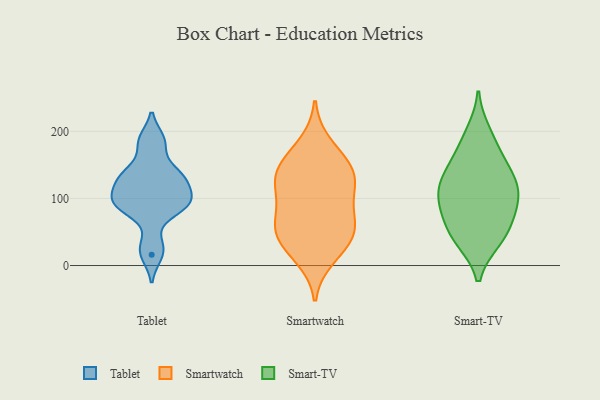
{"axis": {"x": "Population (Million)", "y": "Value"}, "legend": ["Smart-TV", "Smartwatch", "Tablet"], "data": [{"x": "", "y": 132, "type": "Tablet"}, {"x": "", "y": 141, "type": "Tablet"}, {"x": "", "y": 85, "type": "Tablet"}, {"x": "", "y": 111, "type": "Tablet"}, {"x": "", "y": 187, "type": "Tablet"}, {"x": "", "y": 183, "type": "Tablet"}, {"x": "", "y": 88, "type": "Tablet"}, {"x": "", "y": 98, "type": "Tablet"}, {"x": "", "y": 129, "type": "Tablet"}, {"x": "", "y": 96, "type": "Tablet"}, {"x": "", "y": 131, "type": "Tablet"}, {"x": "", "y": 16, "type": "Tablet"}, {"x": "", "y": 90, "type": "Tablet"}, {"x": "", "y": 30, "type": "Tablet"}, {"x": "", "y": 56, "type": "Smartwatch"}, {"x": "", "y": 60, "type": "Smartwatch"}, {"x": "", "y": 141, "type": "Smartwatch"}, {"x": "", "y": 104, "type": "Smartwatch"}, {"x": "", "y": 12, "type": "Smartwatch"}, {"x": "", "y": 132, "type": "Smartwatch"}, {"x": "", "y": 48, "type": "Smartwatch"}, {"x": "", "y": 103, "type": "Smartwatch"}, {"x": "", "y": 45, "type": "Smartwatch"}, {"x": "", "y": 71, "type": "Smartwatch"}, {"x": "", "y": 156, "type": "Smartwatch"}, {"x": "", "y": 181, "type": "Smartwatch"}, {"x": "", "y": 25, "type": "Smartwatch"}, {"x": "", "y": 125, "type": "Smartwatch"}, {"x": "", "y": 143, "type": "Smartwatch"}, {"x": "", "y": 38, "type": "Smart-TV"}, {"x": "", "y": 181, "type": "Smart-TV"}, {"x": "", "y": 146, "type": "Smart-TV"}, {"x": "", "y": 129, "type": "Smart-TV"}, {"x": "", "y": 101, "type": "Smart-TV"}, {"x": "", "y": 122, "type": "Smart-TV"}, {"x": "", "y": 89, "type": "Smart-TV"}, {"x": "", "y": 41, "type": "Smart-TV"}, {"x": "", "y": 198, "type": "Smart-TV"}, {"x": "", "y": 42, "type": "Smart-TV"}, {"x": "", "y": 101, "type": "Smart-TV"}, {"x": "", "y": 64, "type": "Smart-TV"}, {"x": "", "y": 116, "type": "Smart-TV"}, {"x": "", "y": 152, "type": "Smart-TV"}, {"x": "", "y": 77, "type": "Smart-TV"}]}